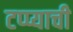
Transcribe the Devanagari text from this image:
टप्प्याची